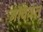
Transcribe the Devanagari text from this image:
नाववंत